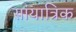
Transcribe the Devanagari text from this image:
सांयात्रिक